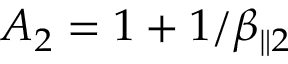
A _ { 2 } = 1 + 1 / \beta _ { \parallel 2 }